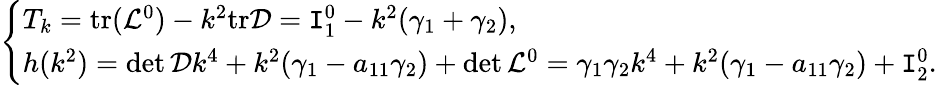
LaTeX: \left\{ \begin{array}{ll}{T_{k}=\mathrm{tr}(\mathcal L^{0})-k^{2}\mathrm{tr}\mathcal D=\texttt I_{1}^{0}-k^{2}(\gamma_{1}+\gamma_{2}),}\\ {h(k^{2})=\operatorname*{det}\mathcal Dk^{4}+k^{2}(\gamma_{1}-a_{11}\gamma_{2})+\operatorname*{det}\mathcal L^{0}=\gamma_{1}\gamma_{2}k^{4}+k^{2}(\gamma_{1}-a_{11}\gamma_{2})+\texttt I_{2}^{0}.}\end{array}\right.